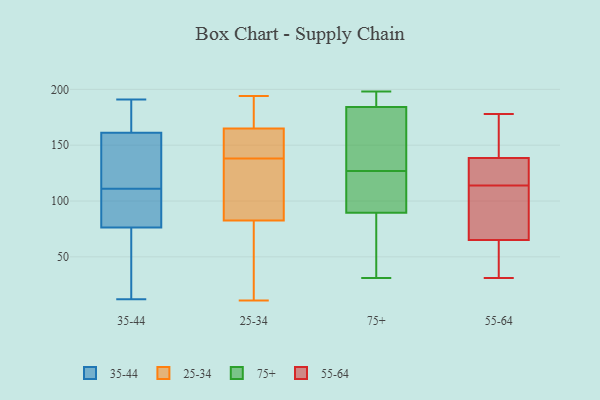
{"axis": {"x": "Inventory Turnover", "y": "Value"}, "legend": ["25-34", "35-44", "55-64", "75+"], "data": [{"x": "", "y": 184, "type": "35-44"}, {"x": "", "y": 51, "type": "35-44"}, {"x": "", "y": 12, "type": "35-44"}, {"x": "", "y": 110, "type": "35-44"}, {"x": "", "y": 92, "type": "35-44"}, {"x": "", "y": 191, "type": "35-44"}, {"x": "", "y": 68, "type": "35-44"}, {"x": "", "y": 137, "type": "35-44"}, {"x": "", "y": 111, "type": "35-44"}, {"x": "", "y": 136, "type": "35-44"}, {"x": "", "y": 79, "type": "35-44"}, {"x": "", "y": 183, "type": "35-44"}, {"x": "", "y": 154, "type": "35-44"}, {"x": "", "y": 103, "type": "25-34"}, {"x": "", "y": 167, "type": "25-34"}, {"x": "", "y": 143, "type": "25-34"}, {"x": "", "y": 11, "type": "25-34"}, {"x": "", "y": 20, "type": "25-34"}, {"x": "", "y": 44, "type": "25-34"}, {"x": "", "y": 144, "type": "25-34"}, {"x": "", "y": 54, "type": "25-34"}, {"x": "", "y": 78, "type": "25-34"}, {"x": "", "y": 186, "type": "25-34"}, {"x": "", "y": 138, "type": "25-34"}, {"x": "", "y": 115, "type": "25-34"}, {"x": "", "y": 194, "type": "25-34"}, {"x": "", "y": 162, "type": "25-34"}, {"x": "", "y": 96, "type": "25-34"}, {"x": "", "y": 134, "type": "25-34"}, {"x": "", "y": 179, "type": "25-34"}, {"x": "", "y": 151, "type": "25-34"}, {"x": "", "y": 166, "type": "25-34"}, {"x": "", "y": 188, "type": "75+"}, {"x": "", "y": 84, "type": "75+"}, {"x": "", "y": 173, "type": "75+"}, {"x": "", "y": 111, "type": "75+"}, {"x": "", "y": 126, "type": "75+"}, {"x": "", "y": 42, "type": "75+"}, {"x": "", "y": 106, "type": "75+"}, {"x": "", "y": 140, "type": "75+"}, {"x": "", "y": 192, "type": "75+"}, {"x": "", "y": 31, "type": "75+"}, {"x": "", "y": 190, "type": "75+"}, {"x": "", "y": 155, "type": "75+"}, {"x": "", "y": 198, "type": "75+"}, {"x": "", "y": 70, "type": "75+"}, {"x": "", "y": 127, "type": "75+"}, {"x": "", "y": 120, "type": "55-64"}, {"x": "", "y": 37, "type": "55-64"}, {"x": "", "y": 31, "type": "55-64"}, {"x": "", "y": 142, "type": "55-64"}, {"x": "", "y": 116, "type": "55-64"}, {"x": "", "y": 178, "type": "55-64"}, {"x": "", "y": 72, "type": "55-64"}, {"x": "", "y": 137, "type": "55-64"}, {"x": "", "y": 67, "type": "55-64"}, {"x": "", "y": 156, "type": "55-64"}, {"x": "", "y": 43, "type": "55-64"}, {"x": "", "y": 63, "type": "55-64"}, {"x": "", "y": 140, "type": "55-64"}, {"x": "", "y": 112, "type": "55-64"}, {"x": "", "y": 124, "type": "55-64"}, {"x": "", "y": 93, "type": "55-64"}]}